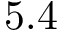
5 . 4